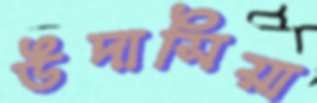
উদাসিয়া